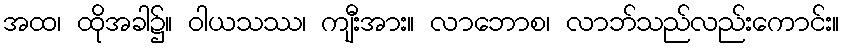
အထ၊ ထိုအခါ၌။ ဝါယသဿ၊ ကျီးအား။ လာဘောစ၊ လာဘ်သည်လည်းကောင်း။